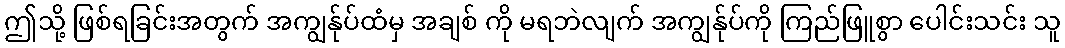
ဤသို့ ဖြစ်ရခြင်းအတွက် အကျွန်ုပ်ထံမှ အချစ် ကို မရဘဲလျက် အကျွန်ုပ်ကို ကြည်ဖြူစွာ ပေါင်းသင်း သူ